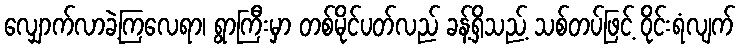
လျှောက်လာခဲ့ကြလေရာ၊ ရွာကြီးမှာ တစ်မိုင်ပတ်လည် ခန့်ရှိသည့် သစ်တပ်ဖြင့် ဝိုင်းရံလျက်